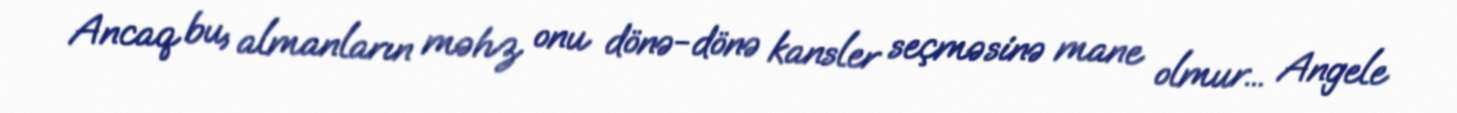
Ancaq bu, almanların məhz onu dönə-dönə kansler seçməsinə mane olmur... Angele